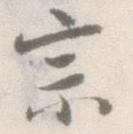
宗